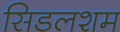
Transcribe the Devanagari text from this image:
सिडलशम